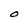
Character: O